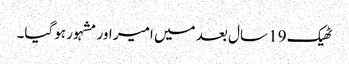
ٹھیک 19 سال بعد میں امیر اور مشہور ہوگیا۔